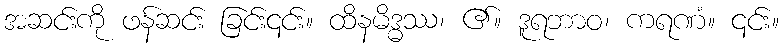
အဆင်းကို ဖန်ဆင်း ခြင်း၎င်း။ ထိနမိဒ္ဓဿ၊ ၏။ ဒူရဘာဝ၊ ကရဏံ။ ၎င်း။